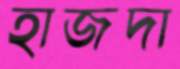
হাজদা